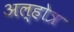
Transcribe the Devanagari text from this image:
अल्होत्र